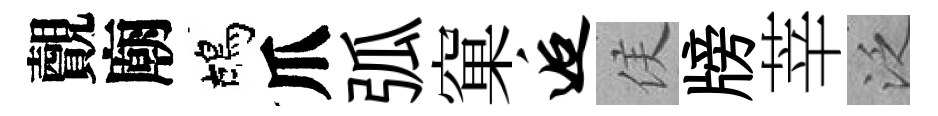
覿廟鴣爪弧窠逅侯牓莘泛